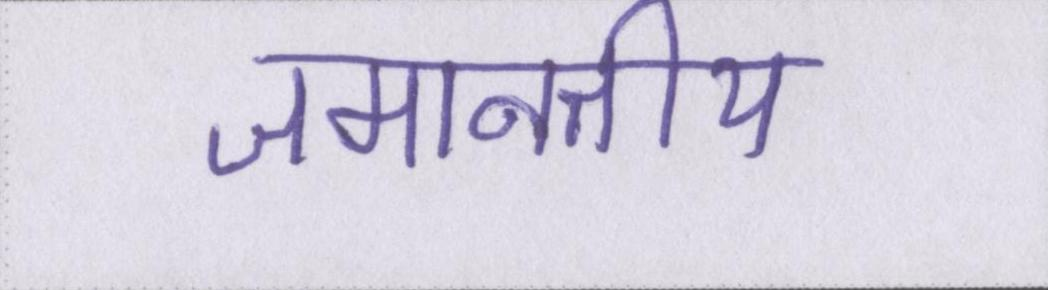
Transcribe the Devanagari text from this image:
जमानतीय